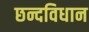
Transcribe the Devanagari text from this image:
छन्दविधान